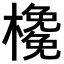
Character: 𣝊